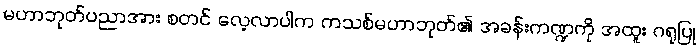
မဟာဘုတ်ပညာအား စတင် လေ့လာပါက ကသစ်မဟာဘုတ်၏ အခန်းကဏ္ဍကို အထူး ဂရုပြု